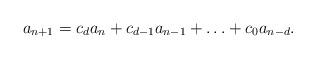
LaTeX: \begin{align*}a_{n+1}=c_da_n+c_{d-1}a_{n-1}+\ldots+c_0a_{n-d}.\end{align*}